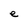
Character: e